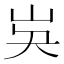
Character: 𡵗